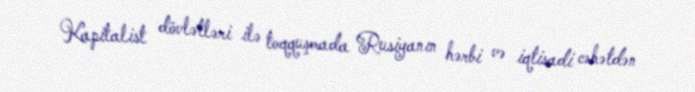
Kapitalist dövlətləri ilə toqquşmada Rusiyanın hərbi və iqtisadi cəhətdən